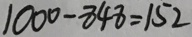
1 0 0 0 - 8 4 8 = 1 5 2